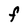
Character: F